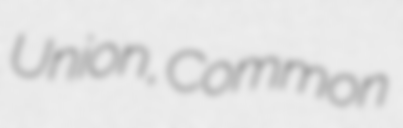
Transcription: Union, Common